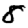
Digit: 8